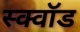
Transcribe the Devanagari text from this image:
स्क्वॉड